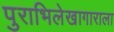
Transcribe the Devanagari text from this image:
पुराभिलेखागाराला